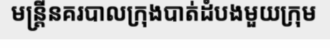
មន្ត្រីនគរបាលក្រុងបាត់ដំបងមួយក្រុម